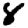
Digit: 8